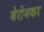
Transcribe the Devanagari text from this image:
बेरोजकर